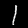
Label: 1